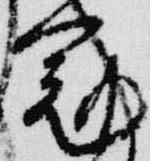
冠